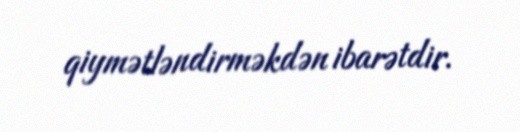
qiymətləndirməkdən ibarətdir.